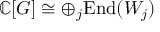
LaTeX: \mathbb { C } [ G ] \cong \oplus _ { j } { \mathrm { E n d } } ( W _ { j } )